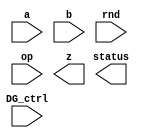
////////////////////////////////////////////////////////////////////////////////
//
//       This confidential and proprietary software may be used only
//     as authorized by a licensing agreement from Synopsys Inc.
//     In the event of publication, the following notice is applicable:
//
//                    (C) COPYRIGHT 2009 - 2016 SYNOPSYS INC.
//                           ALL RIGHTS RESERVED
//
//       The entire notice above must be reproduced on all authorized
//     copies.
//
//
// VERSION:   Verilog Simulation Model - FP adder/subtractor with Datapath gating
//
// DesignWare_version: b655c9b8
// DesignWare_release: K-2015.06-DWBB_201506.5.2
//
////////////////////////////////////////////////////////////////////////////////
//-------------------------------------------------------------------------------
//
// ABSTRACT: Floating-point two-operand Adder/Subtractor with Datapath gating
//           This component is in fact an extension of the floating point adder
//           that allows isolation of signals when the DG_ctrl input is set to 0.
//           When this input is set to 1, the component works the same way as the
//           DW_fp_addsub previously released. The input DG_ctrl = 0 is used to 
//           reduce power consumption when the input is not meaningfull. 
//           For more description about the FP addsub, please, refer to the 
//           documentation and files of DW_fp_addsub.
//              parameters      valid values (defined in the DW manual)
//              ==========      ============
//              sig_width       significand size,  2 to 253 bits
//              exp_width       exponent size,     3 to 31 bits
//              ieee_compliance 0 or 1 (default 0)
//
//              Input ports     Size & Description
//              ===========     ==================
//              a               (sig_width + exp_width + 1)-bits
//                              Floating-point Number Input
//              b               (sig_width + exp_width + 1)-bits
//                              Floating-point Number Input
//              rnd             3 bits
//                              rounding mode
//              op              1 bit
//                              add/sub control: 0 for add - 1 for sub
//              DG_ctrl          1 bit
//                              operand isolation control: 0 - isolate
//
//              Output ports    Size & Description
//              ===========     ==================
//              z               (sig_width + exp_width + 1) bits
//                              Floating-point Number result
//              status          byte
//                              info about FP results
//
// MODIFIED:
//        7/21/2006: 
//           - includes manipulation of inexact bit
//           - fixes value assigned to HugeInfinity when rnd=4 (up) RND_eval
//           - fixes some special cases when rounding close to inf and zero
//        12/14/06: modifications based on code review by Kyung-Nam Han
//
//-------------------------------------------------------------------------------

module DW_fp_addsub_DG (a, b, rnd, op, DG_ctrl, z, status);
parameter sig_width=23;
parameter exp_width=8;  
parameter ieee_compliance=0;                    

// declaration of inputs and outputs
input  [sig_width+exp_width:0] a,b;
input  [2:0] rnd;
input  op;
input  DG_ctrl;
output [7:0] status;
output [sig_width+exp_width:0] z;

    // synopsys translate_off

  //-------------------------------------------------------------------------
  // Parameter legality check
  //-------------------------------------------------------------------------
  
 
  initial begin : parameter_check
    integer param_err_flg;

    param_err_flg = 0;
    
  
    if ( (sig_width < 2) || (sig_width > 253) ) begin
      param_err_flg = 1;
      $display(
	"ERROR: %m :\n  Invalid value (%d) for parameter sig_width (legal range: 2 to 253)",
	sig_width );
    end
  
    if ( (exp_width < 3) || (exp_width > 31) ) begin
      param_err_flg = 1;
      $display(
	"ERROR: %m :\n  Invalid value (%d) for parameter exp_width (legal range: 3 to 31)",
	exp_width );
    end
  
    if ( (ieee_compliance < 0) || (ieee_compliance > 1) ) begin
      param_err_flg = 1;
      $display(
	"ERROR: %m :\n  Invalid value (%d) for parameter ieee_compliance (legal range: 0 to 1)",
	ieee_compliance );
    end
  
    if ( param_err_flg == 1) begin
      $display(
        "%m :\n  Simulation aborted due to invalid parameter value(s)");
      $finish;
    end

  end // parameter_check 




function [4-1:0] RND_eval;

  input [2:0] RND;
  input [0:0] Sign;
  input [0:0] L,R,STK;


  begin
  RND_eval[0] = 0;
  RND_eval[1] = R|STK;
  RND_eval[2] = 0;
  RND_eval[3] = 0;
  if ($time > 0)
  case (RND)
    3'b000:
    begin
      RND_eval[0] = R&(L|STK);
      RND_eval[2] = 1;
      RND_eval[3] = 0;
    end
    3'b001:
    begin
      RND_eval[0] = 0;
      RND_eval[2] = 0;
      RND_eval[3] = 0;
    end
    3'b010:
    begin
      RND_eval[0] = ~Sign & (R|STK);
      RND_eval[2] = ~Sign;
      RND_eval[3] = ~Sign;
    end
    3'b011:
    begin
      RND_eval[0] = Sign & (R|STK);
      RND_eval[2] = Sign;
      RND_eval[3] = Sign;
    end
    3'b100:
    begin
      RND_eval[0] = R;
      RND_eval[2] = 1;
      RND_eval[3] = 0;
    end
    3'b101:
    begin
      RND_eval[0] = R|STK;
      RND_eval[2] = 1;
      RND_eval[3] = 1;
    end
    default:
      $display("Error! illegal rounding mode.\n");
  endcase
  end

endfunction


// definitions used in the code

reg [8    -1:0] status_int;
reg [(exp_width + sig_width):0] z_temp,Large,Small;
reg [0:0] swap,subtract,STK;
reg [exp_width-1:0] E_Large,E_Small,E_Diff; // Exponents.
reg [sig_width-1:0] F_Large,F_Small;        // Fractions.
reg [exp_width+1:0] E_Comp;                 // The biggest possible exponent
reg [((sig_width + 3 + 3        ) - 2):0] M_Large,M_Small;       // The Mantissa numbers.
reg [((sig_width + 3 + 3        ) - 2):0] M_Z;                   // The Mantissa numbers.
reg [4-1:0] RND_val;         // Values returned by RND_eval function.
reg [(exp_width + sig_width):0] NaNFp;          // NaN FP number
reg [(exp_width + sig_width):0] b_int;          // internal value of b
reg Denormal_Large;                  // signals a denormal as a large operand
reg Denormal_Small;                  // signals a denormal as a small operand

// main process of information
always @(a or b or rnd or op)
begin
  NaNFp = {1'b0,{exp_width{1'b1}},{sig_width-1{1'b0}},1'b1};
  status_int = 0;
  b_int = b;
  b_int[(exp_width + sig_width)] = (op == 1)?~b[(exp_width + sig_width)]:b[(exp_width + sig_width)];
  subtract = a[(exp_width + sig_width)] ^ b_int[(exp_width + sig_width)];

  swap = a[((exp_width + sig_width) - 1):0] < b[((exp_width + sig_width) - 1):0];
  Large = swap ? b_int : a;
  Small = swap ? a : b_int;
  E_Large = Large[((exp_width + sig_width) - 1):sig_width];
  E_Small = Small[((exp_width + sig_width) - 1):sig_width];
  F_Large = Large[(sig_width - 1):0];
  F_Small = Small[(sig_width - 1):0];

  // 
  // NaN Input
  // 
  if ((((E_Large === ((((1 << (exp_width-1)) - 1) * 2) + 1)) && (F_Large !== 0)) ||
      ((E_Small === ((((1 << (exp_width-1)) - 1) * 2) + 1)) && (F_Large !== 0))) && ieee_compliance === 1)
    begin
      z_temp = NaNFp;
      status_int[2] = 1;
    end
  //
  // Infinity Input
  //
  else 
    if (E_Large === ((((1 << (exp_width-1)) - 1) * 2) + 1) && (F_Large === 0 || ieee_compliance === 0)) 
      begin
   	status_int[1] = 1;
        z_temp = Large;
        // zero out the fractional part
        z_temp[(sig_width - 1):0] = 0;
   	// Watch out for Inf-Inf !
   	if ( (E_Small === ((((1 << (exp_width-1)) - 1) * 2) + 1)) && (F_Large === 0 || ieee_compliance === 0) && (subtract === 1) )
    	  begin
            status_int[2] = 1;
            if (ieee_compliance)   
              begin
                status_int[1] = 0;
                z_temp = NaNFp;
              end
            else
              z_temp[(exp_width + sig_width)] = 0;  // use positive inf. to represent NaN
   	  end
      end
    //
    // Zero Input (or denormal input when ieee_compliance == 0)
    //
    else 
      if (E_Small == 0 && ((ieee_compliance == 0) || (F_Small == 0)))
        begin
           z_temp = Large;
           // watch out for 0-0 !
           if (E_Large === 0 && ((ieee_compliance == 0) || (F_Large == 0)))
      	     begin
      	       status_int[0] = 1;
               // Set the fraction to 000...
               z_temp = 0;
               if (subtract) 
                 if (rnd === 3'b011) z_temp[(exp_width + sig_width)] = 1;
                 else                z_temp[(exp_width + sig_width)] = 0;
               else                  z_temp[(exp_width + sig_width)] = a[(exp_width + sig_width)];
             end
        end
      //
      // Normal Inputs
      //
      else
        begin
          // Detect the denormal input case
          if ((E_Large == 0) && (F_Large != 0)) 
            begin
              // M_Large contains the Mantissa of denormal value
              M_Large = {2'b00,F_Large,3'b000};
              Denormal_Large = 1'b1;
            end
          else
            begin
              // M_Large is the Mantissa for Large number
              M_Large = {2'b01,F_Large,3'b000};
              Denormal_Large = 1'b0;
            end
   
          if ((E_Small == 0) && (F_Small != 0)) 
            begin
              // M_Small contains the Mantissa of denormal value
              M_Small = {2'b00,F_Small,3'b000};
              Denormal_Small = 1'b1;
            end
          else
            begin
              // M_Small is the Mantissa for Small number
              M_Small = {2'b01,F_Small,3'b000};
              Denormal_Small = 1'b0;
            end

          // When one of the inputs is a denormal, we need to
          // compensate because the exponent for a denormal is
          // actually 1, and not 0.
          if ((Denormal_Large ^ Denormal_Small) == 1'b1) 
            E_Diff = E_Large - E_Small - 1;
	  else
            E_Diff = E_Large - E_Small;

          // Shift right by E_Diff for Small number: M_Small.
          STK = 0;
          while ( (M_Small != 0) && (E_Diff != 0) )
            begin
              STK = M_Small[0] | STK;
              M_Small = M_Small >> 1;
              E_Diff = E_Diff - 1;
            end
          M_Small[0] = M_Small[0] | STK;

          // Compute M_Z result: a +/- b
          if (subtract === 0) M_Z = M_Large + M_Small;
          else M_Z = M_Large - M_Small;

          // ----------------------------------------------------------
          //  Post Process
          // -----------------------------------------------------------
          E_Comp = {2'b00, E_Large};

          //
          // Exact 0 special case after the computation.
          //
            if (M_Z === 0)
              begin
                status_int[0] = 1;
                z_temp = 0;
                // If rounding mode is -Infinity, the sign bit is 1; 
                // otherwise the sign bit is 0.
                if (rnd === 3'b011) z_temp[(exp_width + sig_width)] = 1;
              end
            //
            // Normal case after the computation.
            //
            else
              begin
                // Normalize the Mantissa for computation overflow case.
                if (M_Z[((sig_width + 3 + 3        ) - 2)] === 1)
                  begin
                    E_Comp = E_Comp + 1;
                    STK = M_Z[0];
                    M_Z = M_Z >> 1;
                    M_Z[0] = M_Z[0] | STK;
                  end

                // Normalize the Mantissa for leading zero case.
                while ( (M_Z[((sig_width + 3 + 3        ) - 2)-1] === 0) && (E_Comp > 1) )
                  begin
                    E_Comp = E_Comp - 1;
                    M_Z = M_Z << 1;
                  end

                // test if the output of the normalization unit is still not normalized
                if (M_Z[((sig_width + 3 + 3        ) - 2):((sig_width + 3 + 3        ) - 2)-1] === 0)
	          if (ieee_compliance == 1) 
                    begin
                      z_temp = {Large[(exp_width + sig_width)],{exp_width{1'b0}}, M_Z[((sig_width + 3 + 3        ) - 2)-2:3]};
                      status_int[3] = 0;
                      if ((STK == 1) || (M_Z[(3 - 1):0] != 0))
                        status_int[5] = 1;
                      if (M_Z[((sig_width + 3 + 3        ) - 2)-2:3] == 0) 
                        status_int[0] = 1; 
                    end
                  else // when denormal is not used --> becomes zero or minFP
                    begin
                      if ((rnd == 2 & ~Large[(exp_width + sig_width)]) | 
                          (rnd == 3 & Large[(exp_width + sig_width)]) | 
                          (rnd == 5)) 
                        begin
                          z_temp = {Large[(exp_width + sig_width)],{exp_width-1{1'b0}},{1'b1},{sig_width{1'b0}}};
                          status_int[0] = 0;
                        end
                      else
                        begin
                          z_temp = {Large[(exp_width + sig_width)],{exp_width{1'b0}}, {sig_width{1'b0}}};
                          status_int[0] = 1;
                        end
                      status_int[3] = 1;
                      status_int[5] = 1;
                    end
                else
                  begin
                    // Round M_Z according to the rounding mode (rnd).
                    RND_val = RND_eval(rnd, Large[(exp_width + sig_width)], M_Z[3], M_Z[(3 - 1)], (|{M_Z[1:0]}));

                    if (RND_val[0] === 1) M_Z = M_Z + (1<<3);
 
                    // Normalize the Mantissa for overflow case after rounding.
                    if ( (M_Z[((sig_width + 3 + 3        ) - 2)] === 1) )
                      begin
                        E_Comp = E_Comp + 1;
                        M_Z = M_Z >> 1;
                      end

                    //
                    // Huge
                    //
                    if (E_Comp >= ((((1 << (exp_width-1)) - 1) * 2) + 1))
                      begin
                        status_int[4] = 1;
                        status_int[5] = 1;
                        if(RND_val[2] === 1)
                          begin
                            // Infinity
                            M_Z[((sig_width + 3 + 3        ) - 2)-2:3] = 0;
                            E_Comp = ((((1 << (exp_width-1)) - 1) * 2) + 1);
                            status_int[1] = 1;
                          end
                        else
                          begin
                            // MaxNorm
                            E_Comp = ((((1 << (exp_width-1)) - 1) * 2) + 1) - 1;
                            M_Z[((sig_width + 3 + 3        ) - 2)-2:3] = -1;
                          end
                      end
                    //
                    // Tiny or Denormal
                    //
                    else 
                      if (E_Comp <= 0) E_Comp = 0 + 1;
    
                    //
                    // Normal  (continues)
                    //
                    status_int[5] = status_int[5] | RND_val[1];
                    // Reconstruct the floating point format.
                    z_temp = {Large[(exp_width + sig_width)],E_Comp[exp_width-1:0],M_Z[((sig_width + 3 + 3        ) - 2)-2:3]};
                  end //  result is normal value 
              end  // Normal computation case
        end    // non-special inputs
end

assign status = ((^(a ^ a) !== 1'b0) || (^(b ^ b) !== 1'b0) || (^(rnd ^ rnd) !== 1'b0) || (^(op ^ op) !== 1'b0)) ? {8'bx} : 
                (DG_ctrl?status_int:{8{1'bX}});
assign z = ((^(a ^ a) !== 1'b0) || (^(b ^ b) !== 1'b0) || (^(rnd ^ rnd) !== 1'b0) || (^(op ^ op) !== 1'b0)) ? {sig_width+exp_width+1{1'bx}} : 
           (DG_ctrl?z_temp:{exp_width+sig_width+1{1'bX}});

    // synopsys translate_on

endmodule